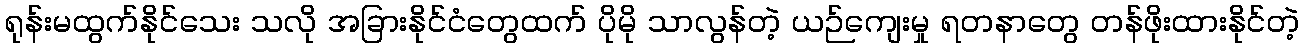
ရုန်းမထွက်နိုင်သေး သလို အခြားနိုင်ငံတွေထက် ပိုမို သာလွန်တဲ့ ယဉ်ကျေးမှု ရတနာတွေ တန်ဖိုးထားနိုင်တဲ့